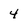
Character: 4